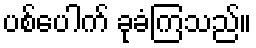
ပစ်ပေါက် ခုခံကြသည်။